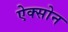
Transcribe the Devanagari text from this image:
ऐक्सोन